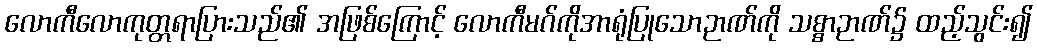
လောကီလောကုတ္တရာပြားသည်၏ အဖြစ်ကြောင့် လောကီမဂ်ကိုအာရုံပြုသောဉာဏ်ကို သစ္စာဉာဏ်၌ ထည့်သွင်း၍